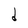
Character: S